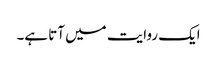
ایک روایت میں آتا ہے۔